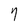
Character: 7